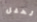
لحفل